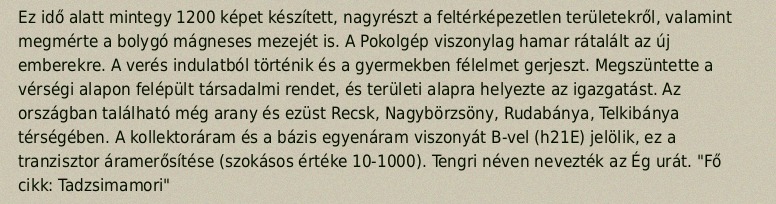
Ez idő alatt mintegy 1200 képet készített, nagyrészt a feltérképezetlen területekről, valamint megmérte a bolygó mágneses mezejét is. A Pokolgép viszonylag hamar rátalált az új emberekre. A verés indulatból történik és a gyermekben félelmet gerjeszt. Megszüntette a vérségi alapon felépült társadalmi rendet, és területi alapra helyezte az igazgatást. Az országban található még arany és ezüst Recsk, Nagybörzsöny, Rudabánya, Telkibánya térségében. A kollektoráram és a bázis egyenáram viszonyát B-vel (h21E) jelölik, ez a tranzisztor áramerősítése (szokásos értéke 10-1000). Tengri néven nevezték az Ég urát. "Fő cikk: Tadzsimamori"